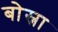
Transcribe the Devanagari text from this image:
बोस्ना